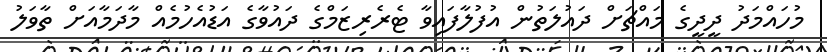
މުހައްމަދު ދީދީގެ މައްޗަށް ދައުލަތުން އުފުލާފައިވާ ޓެރެރިޒަމްގެ ދައުވާގެ އަޑުއެހުމެއް މާދަމާއަށް ތާވަލު